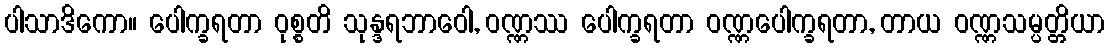
ပါသာဒိကော။ ပေါက္ခရတာ ဝုစ္စတိ သုန္ဒရဘာဝေါ, ဝဏ္ဏဿ ပေါက္ခရတာ ဝဏ္ဏပေါက္ခရတာ, တာယ ဝဏ္ဏသမ္ပတ္တိယာ